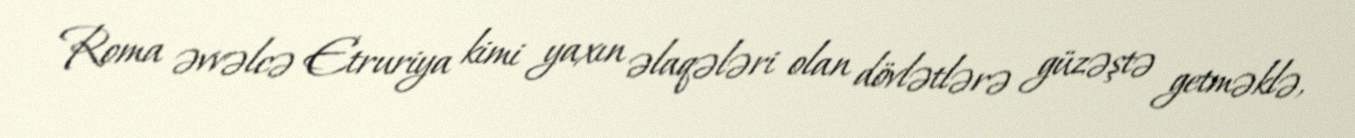
Roma əvvəlcə Etruriya kimi yaxın əlaqələri olan dövlətlərə güzəştə getməklə,